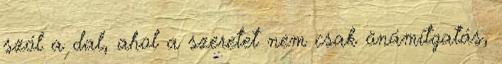
szól a dal, ahol a szeretet nem csak önámítgatás,